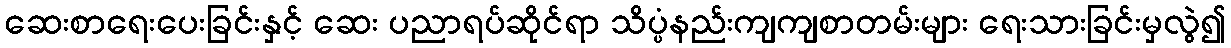
ဆေးစာရေးပေးခြင်းနှင့် ဆေး ပညာရပ်ဆိုင်ရာ သိပ္ပံနည်းကျကျစာတမ်းများ ရေးသားခြင်းမှလွဲ၍